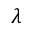
\lambda